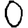
Digit: 0